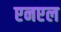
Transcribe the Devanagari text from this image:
एनएल